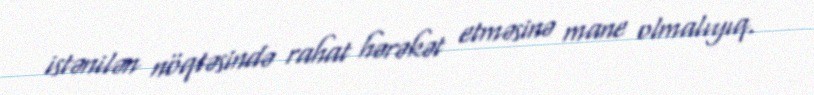
istənilən nöqtəsində rahat hərəkət etməsinə mane olmalıyıq.